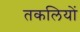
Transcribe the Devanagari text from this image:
तकलियों